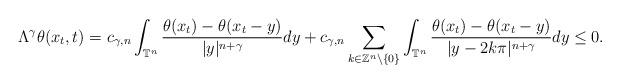
LaTeX: \begin{align*}\Lambda^{\gamma} \theta(x_t,t)= c_{\gamma,n} \int_{\mathbb{T}^n} \frac{\theta(x_t)-\theta(x_t-y)}{|y|^{n+\gamma}}dy+c_{\gamma,n}\sum_{k\in\mathbb{Z}^n\setminus\{0\}} \int_{\mathbb{T}^n} \frac{\theta(x_t)-\theta(x_t-y)}{|y-2k\pi|^{n+\gamma}}dy\leq 0.\end{align*}